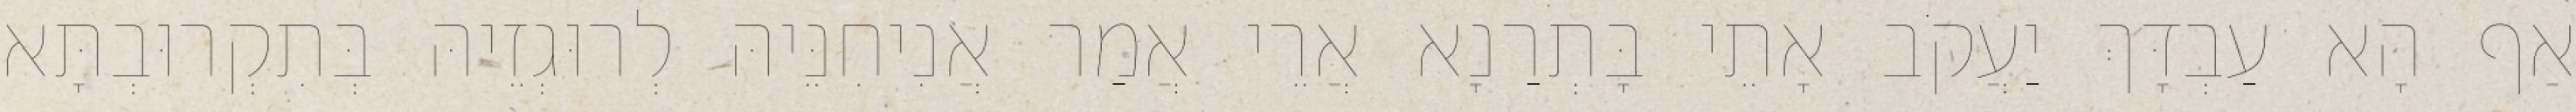
אַף הָא עַבְדָּךְ יַעֲקֹב אָתֵי בָּתְרַנָא אֲרֵי אֲמַר אֲנִיחִנֵּיהּ לְרוּגְזֵיהּ בְּתִקְרוּבְתָּא